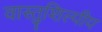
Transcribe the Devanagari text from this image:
वास्‍तुशिल्‍पीय